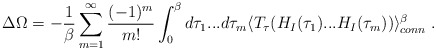
\begin{align*}\Delta \Omega = -{1\over {\beta}} \sum_{m=1}^{\infty} \frac {(-1)^m} {m!} \int_0^{\beta} d \tau_1 ... d \tau_m \langle T_{\tau} ( H_I(\tau_1) ... H_I(\tau_m) ) \rangle_{conn}^{\beta} \; .\end{align*}